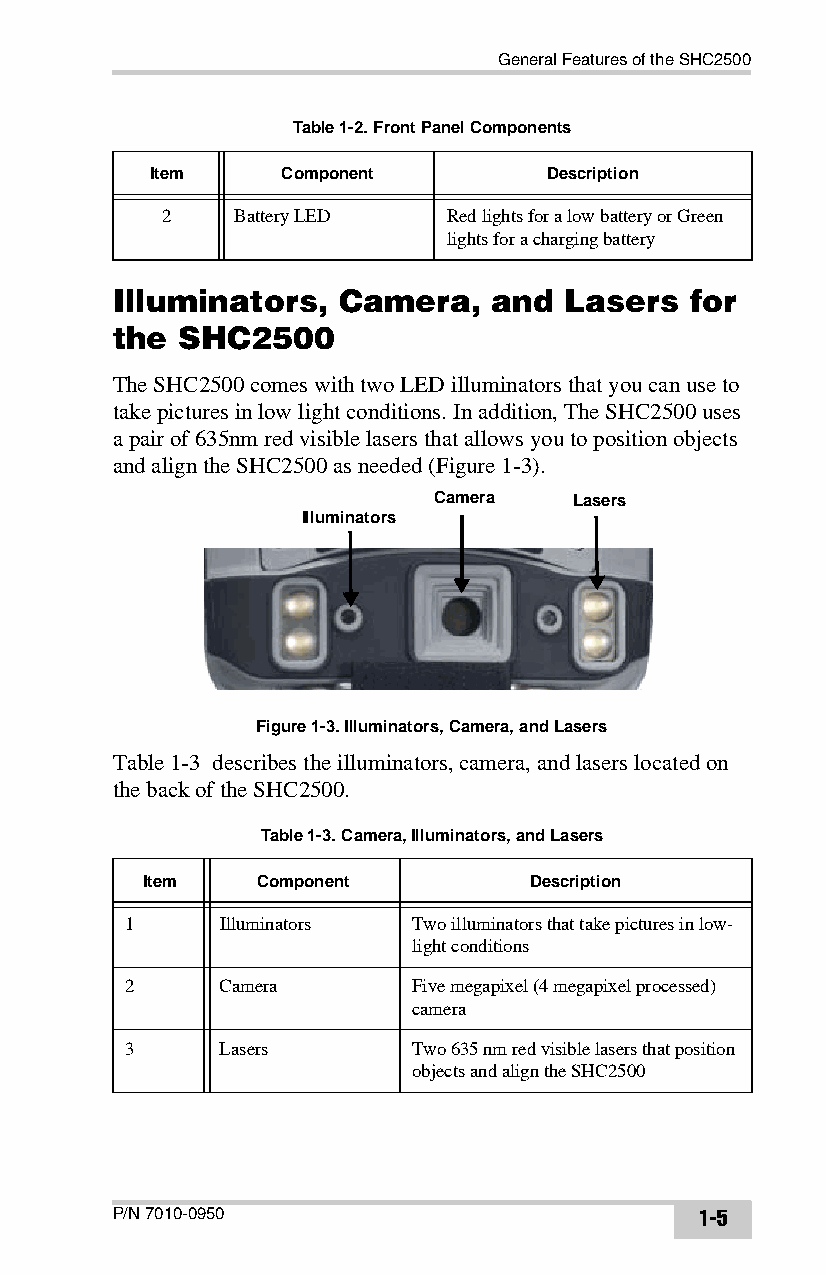
General Features of the SHC2500
 Table 1-2. Front Panel Components
 Item     Component        Description
 2   Battery LED   Red lights for a low battery or Green
 lights for a charging battery
 Illuminators,  Camera,   and  Lasers   for
 the  SHC2500
 The SHC2500 comes with two LED illuminators that you can use to
 take pictures in low light conditions. In addition, The SHC2500 uses
 a pair of 635nm red visible lasers that allows you to position objects
 and align the SHC2500 as needed (Figure1-3).
 Camera   Lasers
 Illuminators
 Figure 1-3. Illuminators, Camera, and Lasers
 Table1-3 describes the illuminators, camera, and lasers located on
 the back of the SHC2500.
 Table 1-3. Camera, Illuminators, and Lasers
 Item    Component         Description
 1     Illuminators Two illuminators that take pictures in low-
 light conditions
 2     Camera       Five megapixel (4 megapixel processed)
 camera
 3     Lasers       Two 635 nm red visible lasers that position
 objects and align the SHC2500
 P/N 7010-0950                          1-5